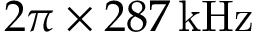
2 \pi \times 2 8 7 \, \mathrm { k H z }